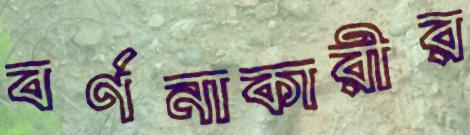
বর্ণনাকারীর